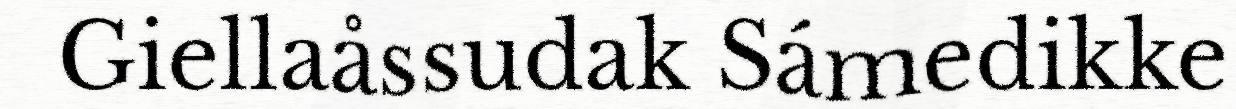
Giellaåssudak Sámedikke